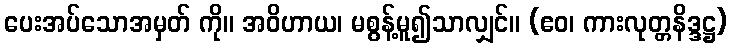
ပေးအပ်သောအမှတ် ကို။ အဝိဟာယ၊ မစွန့်မူ၍သာလျှင်။ (ဧဝ၊ ကားလုတ္တနိဒ္ဒဋ္ဌ)